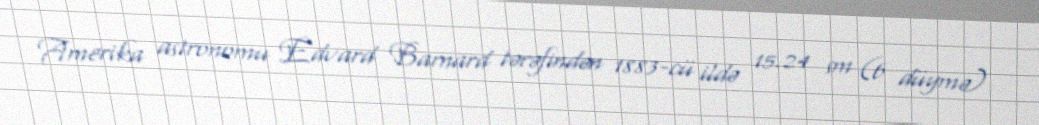
Amerika astronomu Edvard Barnard tərəfindən 1883-cü ildə 15.24 sm (6 düymə)